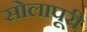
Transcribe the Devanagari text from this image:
सोलापूरी